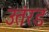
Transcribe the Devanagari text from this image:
उतंरड